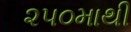
૨૫૦માથી